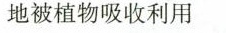
地被植物吸收利用